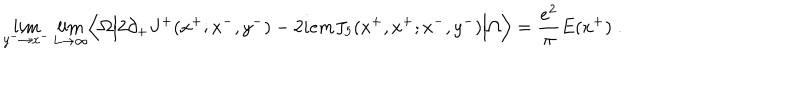
\lim _ { y ^ { - } \rightarrow x ^ { - } } \lim _ { L \rightarrow \infty } \Bigl \langle \Omega \Bigl \vert 2 \partial _ { + } J ^ { + } ( x ^ { + } ; x ^ { - } , y ^ { - } ) - 2 i e m J _ { 5 } ( x ^ { + } , x ^ { + } ; x ^ { - } , y ^ { - } ) \Bigr \vert \Omega \Bigr \rangle = { \frac { e ^ { 2 } } { \pi } } E ( x ^ { + } ) \; .